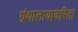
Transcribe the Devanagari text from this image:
ग्रंथालायाकरिता